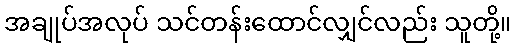
အချုပ်အလုပ် သင်တန်းထောင်လျှင်လည်း သူတို့။